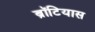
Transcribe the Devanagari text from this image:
ब्रॉटियास